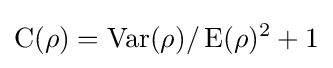
\operatorname {C} (\rho )=\operatorname {Var} (\rho )/\operatorname {E} (\rho )^{2}+1